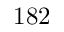
1 8 2